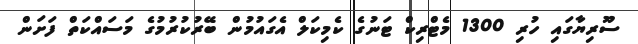
ސޫރިޔާގައި ހުރި 1300 މެޓްރިކް ޓަނުގެ ކެމިކަލް އެގައުމުން ބޭރުކުރުމުގެ މަސައްކަތް ފަށަން